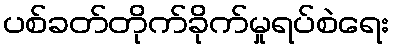
ပစ်ခတ်တိုက်ခိုက်မှုရပ်စဲရေး